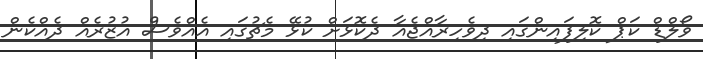
ވޯލްޑް ކަޕް ކޮލިފައިންގައި ދިވެހިރާއްޖެއާ ދެކޮޅަށް ކުޅޭ މެޗުގައި އެއްވެސް އުޒުރެއް ދެއްކެން